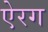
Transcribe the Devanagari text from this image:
ऐरग